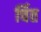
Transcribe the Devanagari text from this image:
र्चित